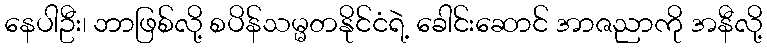
နေပါဦး၊ ဘာဖြစ်လို့ စပိန်သမ္မတနိုင်ငံရဲ့ ခေါင်းဆောင် အာဇညာကို အနီလို့